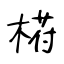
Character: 﨓